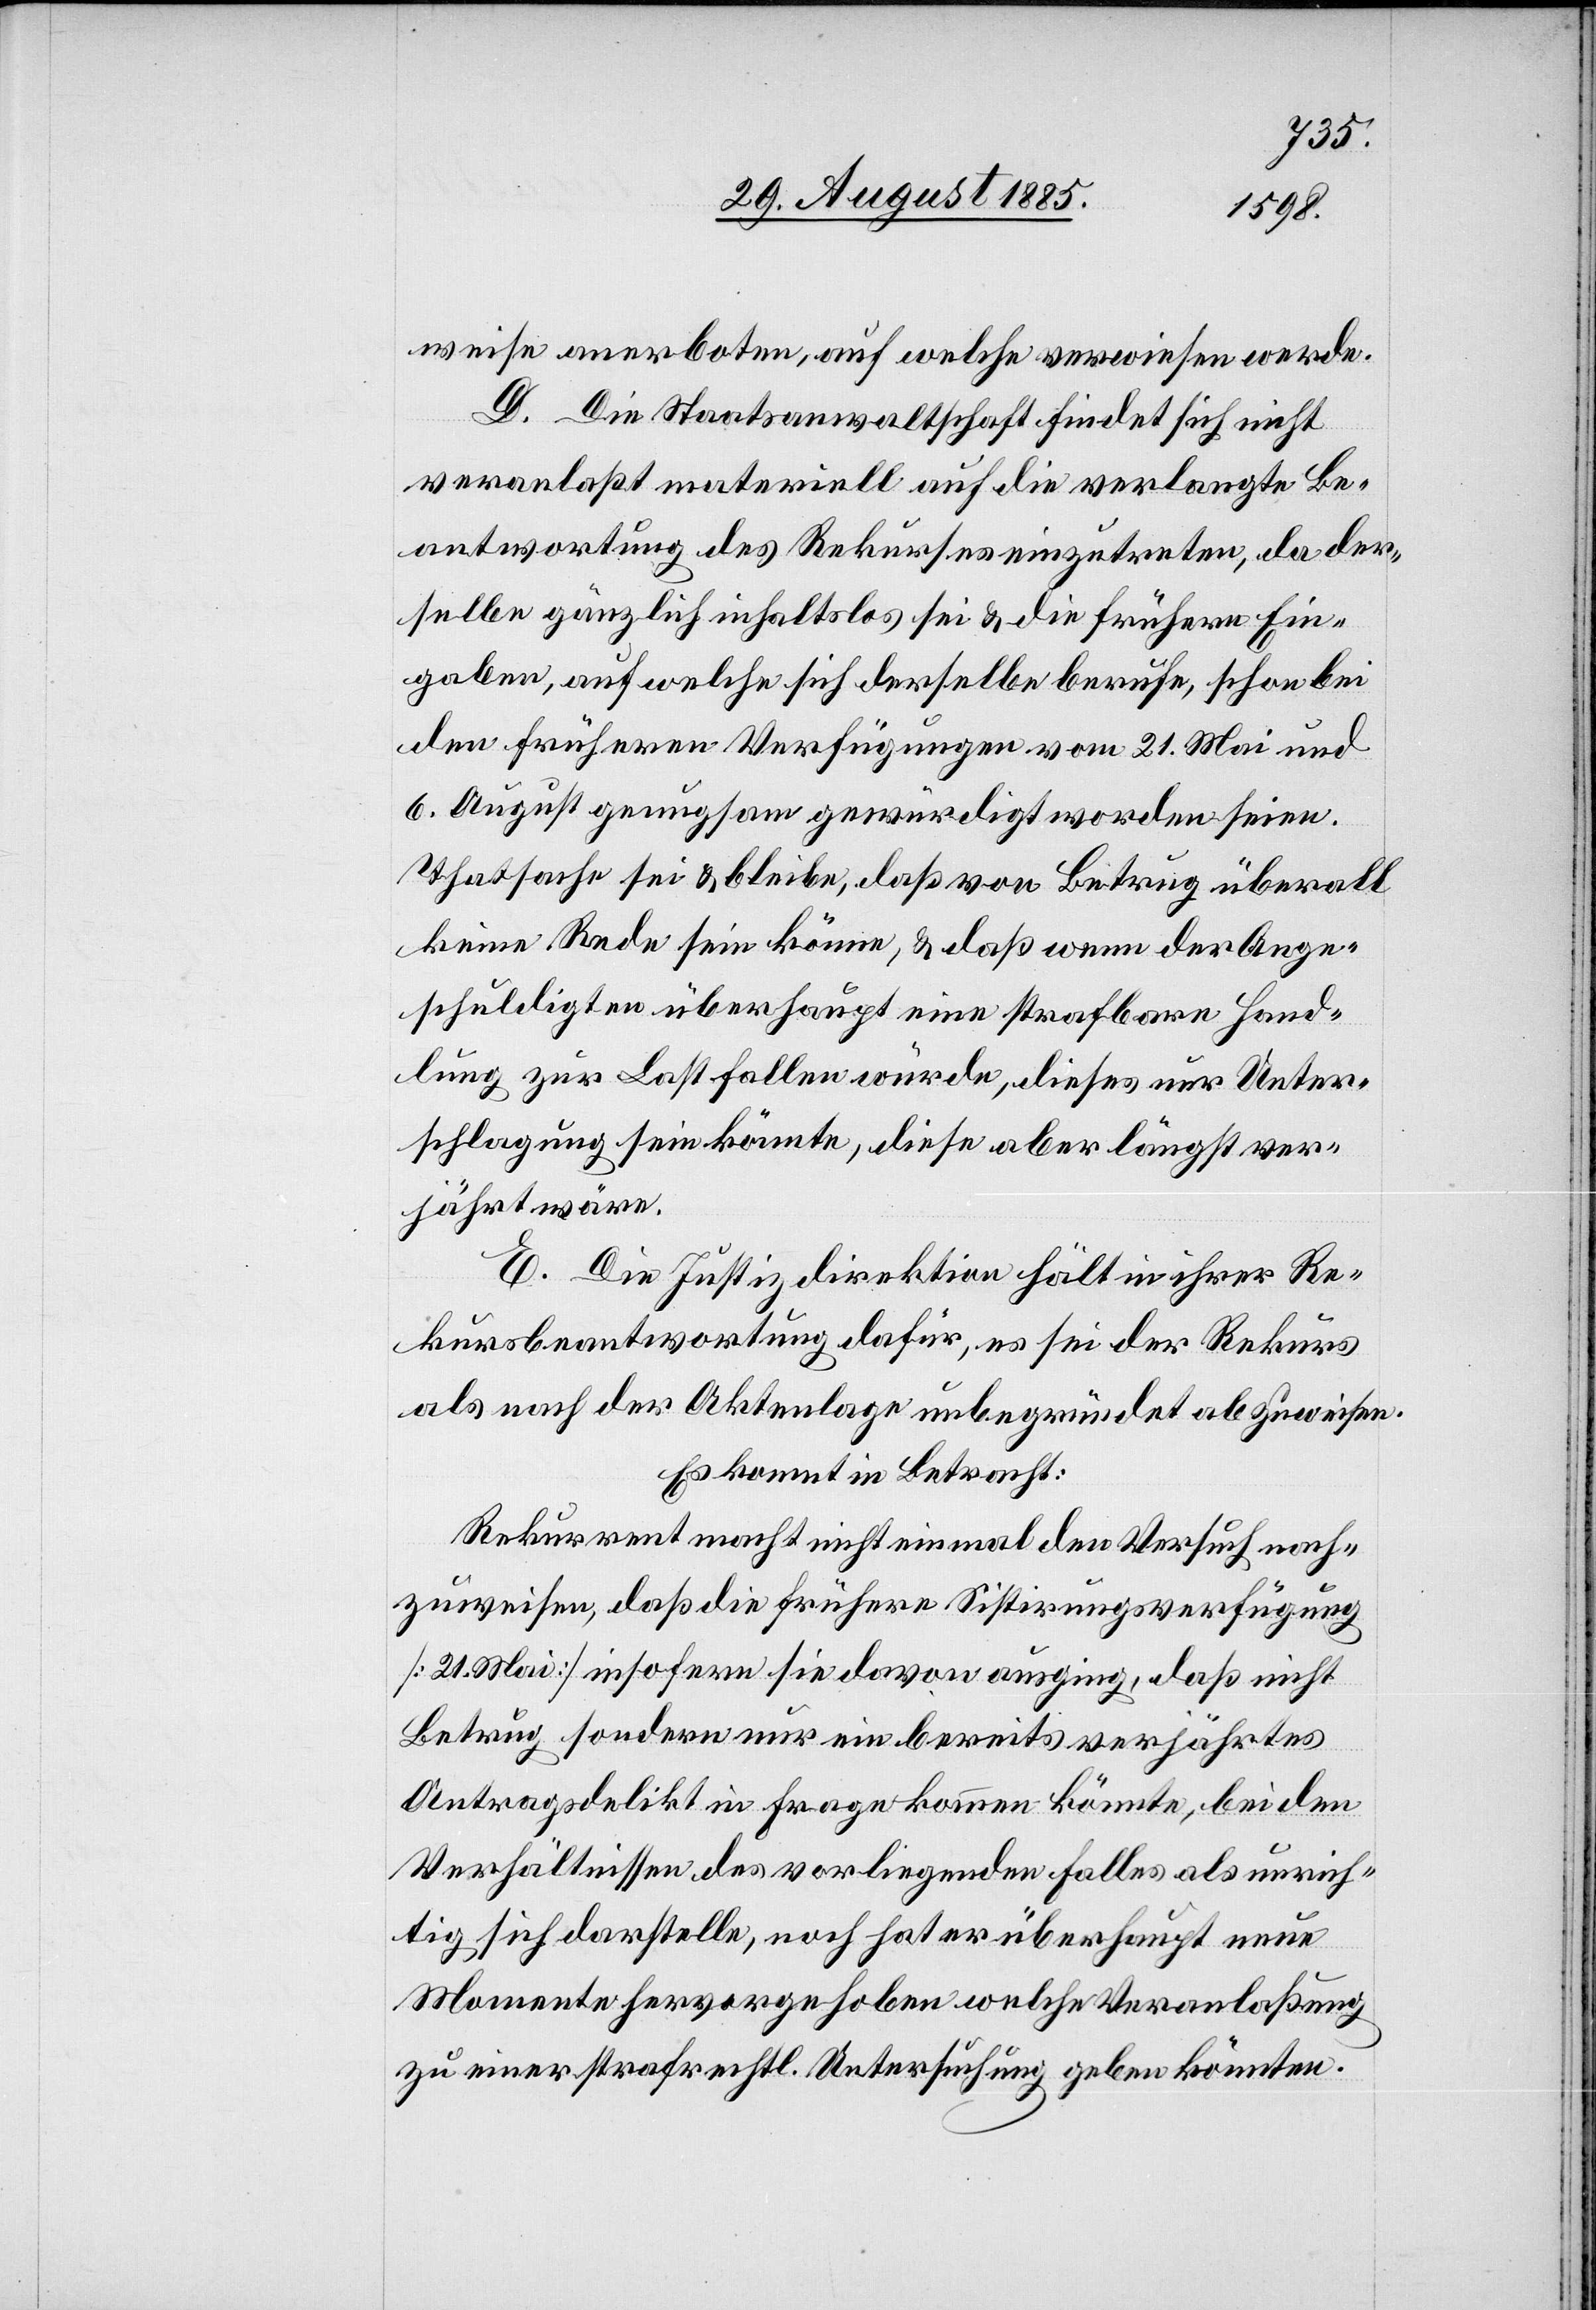
weise anerboten, auf welche verwiesen werde.
D. Die Staatsanwaltschaft findet sich nicht
veranlaßt materiell auf die verlangte Be¬
antwortung des Rekurses einzutreten, da der¬
selbe gänzlich inhaltslos sei & die frühern Ein¬
gaben, auf welche sich derselbe berufe, schon bei
den frühern Verfügungen vom 21. Mai und
6. August genugsam gewürdigt worden seien.
Thatsache sei & bleibe, daß von Betrug überall
keine Rede sein könne, & daß wenn der Ange¬
schuldigten überhaupt eine strafbare Hand¬
lung zur Last fallen würde, dieses nur Unter¬
schlagung sein könnte, diese aber längst ver¬
jährt wäre.
E. Die Justizdirektion hält in ihrer Re¬
kursbeantwortung dafür, es sei der Rekurs
als nach der Aktenlage unbegründet abzuweisen.
Es kommt in Betracht:
Rekurrent macht nicht einmal den Versuch nach¬
zuweisen, daß die frühere Sistirungsverfügung
[21. Mai] insofern sie davon ausging, daß nicht
Betrug sondern nur ein bereits verjährtes
Antragsdelikt in Frage kommen könnte, bei den
Verhältnissen des vorliegenden Falles als unrich¬
tig sich darstelle, noch hat er überhaupt neue
Momente hervorgehoben welche Veranlaßung
zu einer strafrechtl. Untersuchung geben könnten.